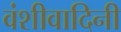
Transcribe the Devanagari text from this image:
वंशीवादिनी